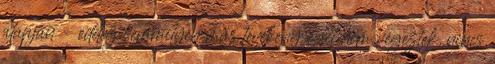
alapján – eddig semmilyen más tevékenységet nem végeztek, nincs